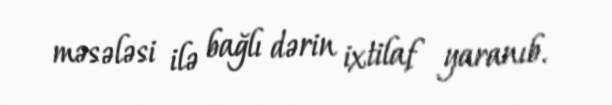
məsələsi ilə bağlı dərin ixtilaf yaranıb.